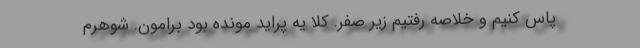
پاس کنیم و خلاصه رفتیم زیر صفر. کلا یه پراید مونده بود برامون. شوهرم